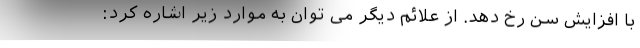
با افزایش سن رخ دهد. از علائم دیگر می توان به موارد زیر اشاره کرد: